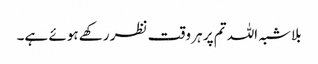
بلاشبہ اللہ تم پر ہر وقت نظر رکھے ہوئے ہے۔